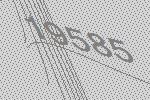
19585